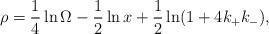
LaTeX: \begin{align*}\rho = \frac{1}{4} \ln \Omega - \frac{1}{2} \ln x + \frac{1}{2} \ln ( 1 + 4 k_+ k_- ) ,\end{align*}